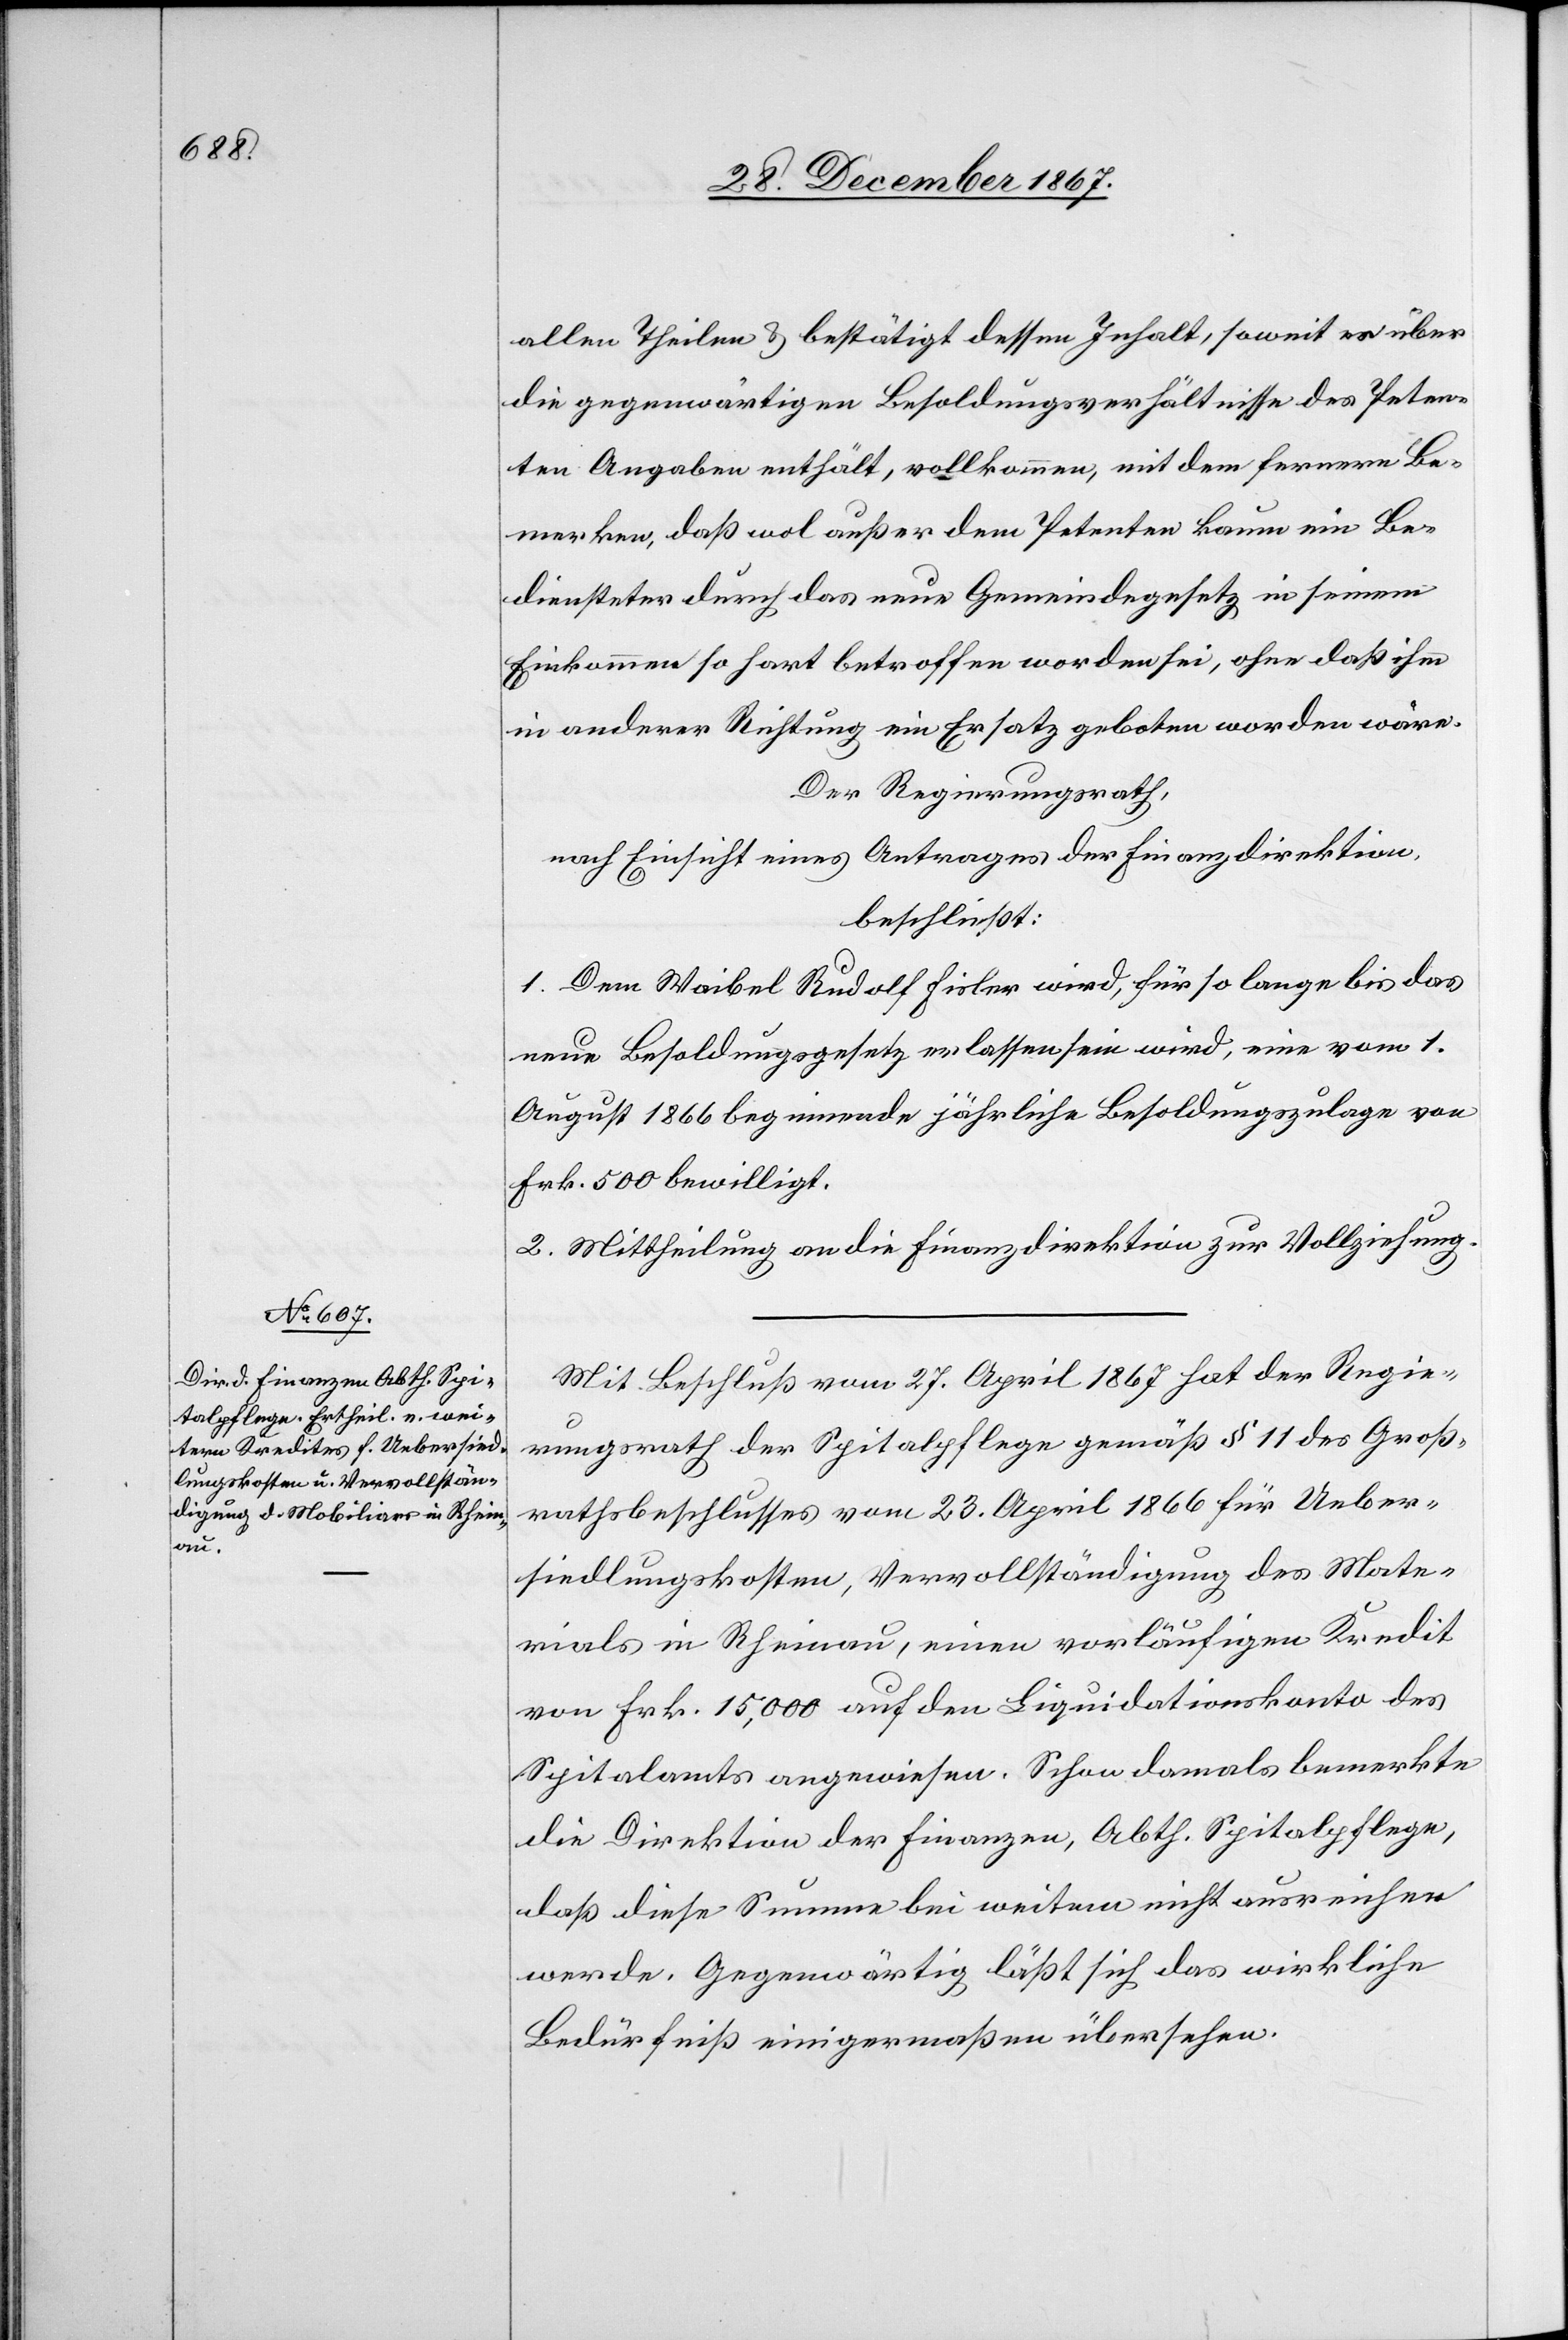
allen Theilen u. bestätigt dessen Inhalt, soweit er über
die gegenwärtigen Besoldungsverhältnisse des Peten¬
ten Angaben enthält, vollkommen, mit dem fernern Be¬
merken, daß wol außer dem Petenten kaum ein Be¬
diensteter durch das neue Gemeindegesetz in seinem
Einkommen so hart betroffen worden sei, ohne daß ihm
in anderer Richtung ein Ersatz geboten worden wäre.
Der Regierungsrath,
nach Einsicht eines Antrages der Finanzdirektion,
beschließt:
1. Dem Waibel Rudolf Fisler wird, für so lange bis das
neue Besoldungsgesetzt erlassen sein wird, eine vom 1.
August 1866 beginnende jährliche Besoldungszulage von
Frk. 500 bewilligt.
2. Mittheilung an die Finanzdirektion zur Vollziehung.
Mit Beschluß vom 27. April 1867 hat der Regie¬
rungsrath der Spitalpflege gemäß § 11 des Groß¬
rathsbeschlusses vom 23. April 1866 für Ueber¬
siedlungskosten, Vervollständigung des Mate¬
rials in Rheinau, einen vorläufigen Kredit
von Frk. 15 000 auf den Liquidationskonto des
Spitalamts angewiesen. Schon damals bemerkte
die Direktion der Finanzen, Abth. Spitalpflege,
daß diese Summe bei weitem nicht ausreichen
werde. Gegenwärtig läßt sich das wirkliche
Bedürfniß einigermaßen übersehen.